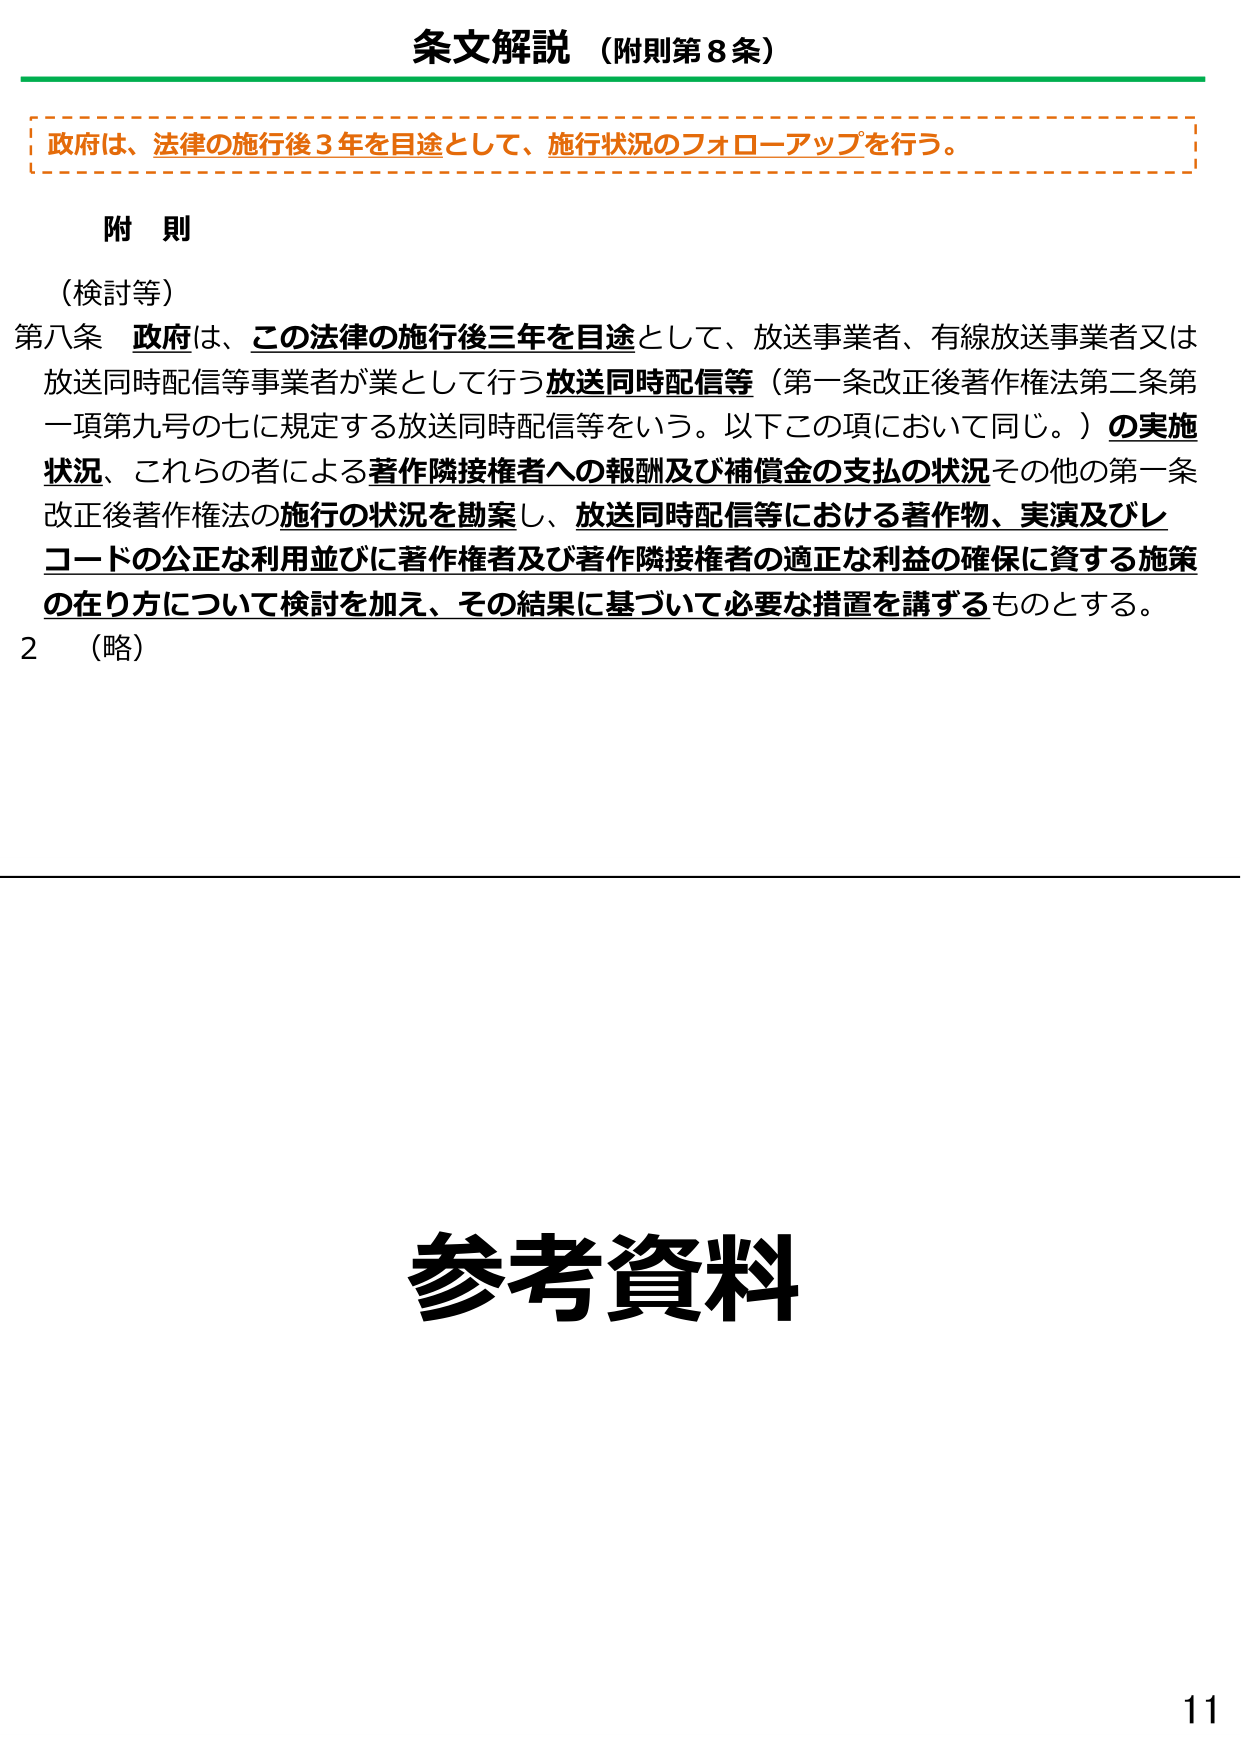
条文解説（附則第8条）

政府は、法律の施行後3年を目途として、施行状況のフォローアップを行う。

附 則
（検討等）
第八条 政府は、この法律の施行後三年を目途として、放送事業者、有線放送事業者又は放送同時配信等事業者が業として行う放送同時配信等（第一条改正後著作権法第二条第一項第九号の七に規定する放送同時配信等をいう。以下この項において同じ。）の実施状況、これらの者による著作隣接権者への報酬及び補償金の支払の状況その他第一条改正後著作権法の施行の状況を勘案し、放送同時配信等における著作物、実演及びレコードの公正な利用並びに著作権者及び著作隣接権者の適正な利益の確保に資する施策の在り方について検討を加え、その結果に基づいて必要な措置を講ずるものとする。
2 （略）

参考資料

11